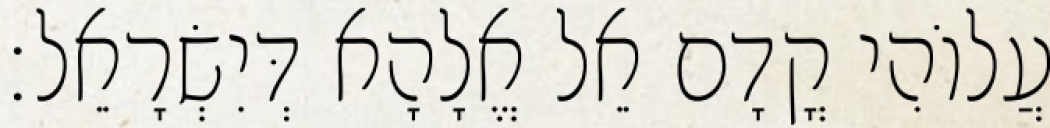
עֲלוֹהִי קֳדָם אֵל אֱלָהָא דְּיִשְׂרָאֵל׃